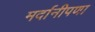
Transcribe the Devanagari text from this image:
मर्दानीपणा